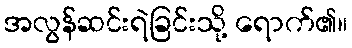
အလွန်ဆင်းရဲခြင်းသို့ ရောက်၏။